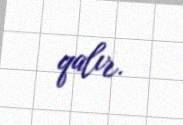
qalır.